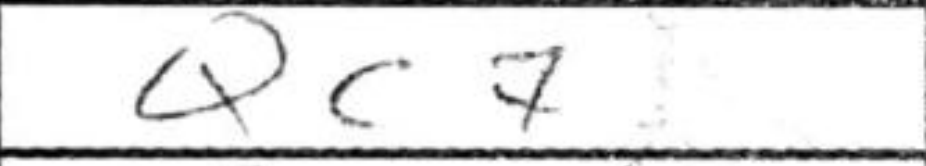
Transcription: Qc7